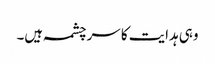
وہی ہدایت کا سرچشمہ ہیں۔